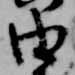
由